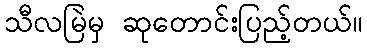
သီလမြဲမှ ဆုတောင်းပြည့်တယ်။